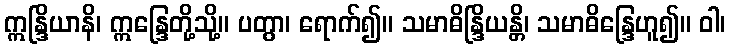
ဣန္ဒြိယာနိ၊ ဣန္ဒြေတို့သို့။ ပတွာ၊ ရောက်၍။ သမာဓိန္ဒြိယန္တိ၊ သမာဓိန္ဒြေဟူ၍။ ဝါ၊